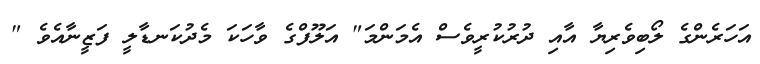
އަހަރެންގެ ލޯބިވެރިޔާ އާއި ދުރުކުރީވެސް އެމަންމަ" އަލޫފްގެ ވާހަކަ މެދުކަނޑާލީ ފަޒީނާއެވެ "